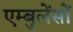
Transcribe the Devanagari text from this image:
एम्बुलेंसों